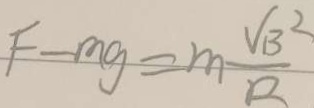
F - m g = m \frac { V B ^ { 2 } } { R }